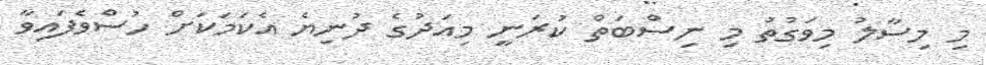
މި މިސާލު މިވަގުތު މި ނިސްބަތް ކުރަނީ މިއަދުގެ ދުނިޔެ އެކަމަކަށް ހުސްވެފައިވާ